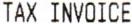
TAX INVOICE